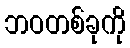
ဘဝတစ်ခုကို